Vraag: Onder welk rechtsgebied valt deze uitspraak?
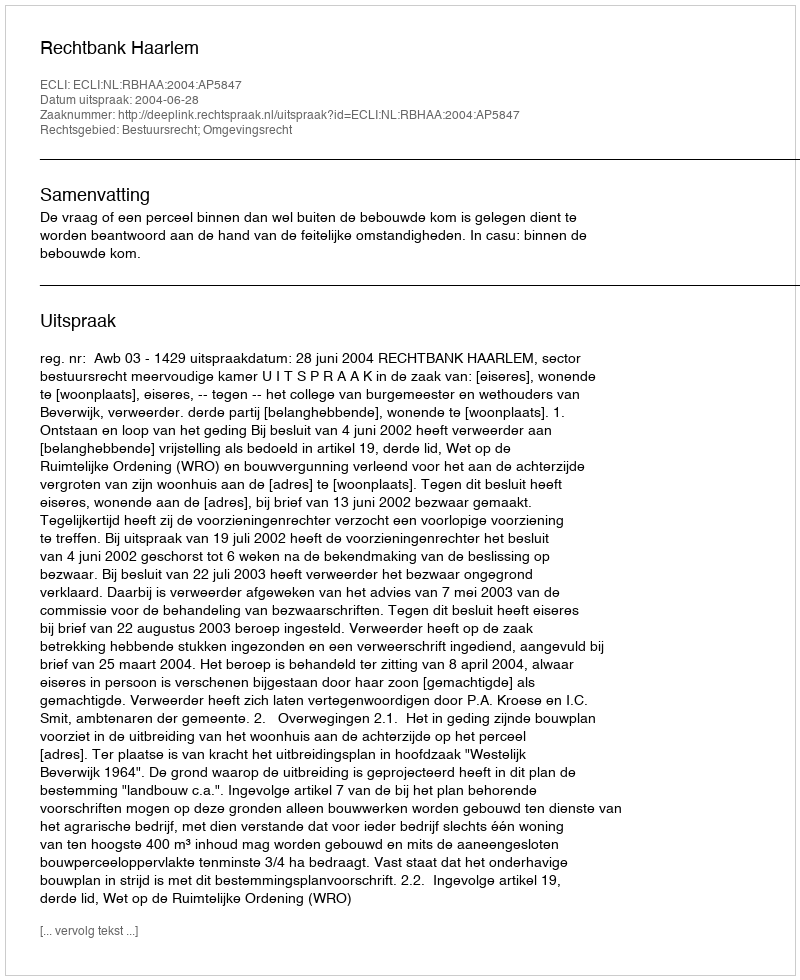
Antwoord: Bestuursrecht; Omgevingsrecht